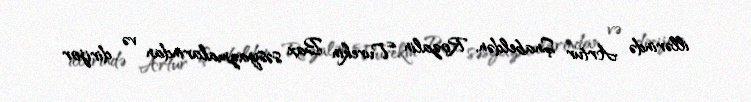
illərində Artur Şnabeldən, Rozalin Turekin Bax səsyazmalarından və dirijor